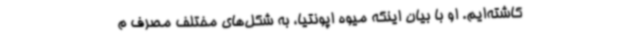
کاشته‌ایم. او با بیان اینکه میوه اپونتیا، به شکل‌های مختلف مصرف م